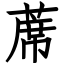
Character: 蓆